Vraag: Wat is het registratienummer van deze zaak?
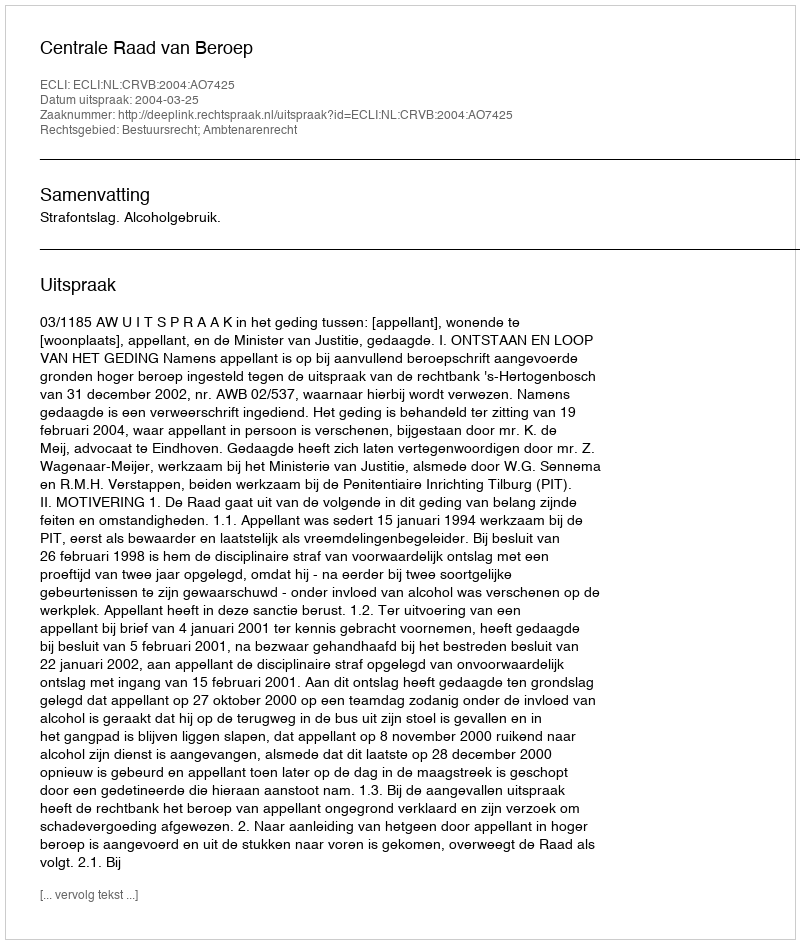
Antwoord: http://deeplink.rechtspraak.nl/uitspraak?id=ECLI:NL:CRVB:2004:AO7425